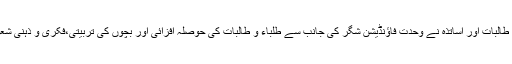
تقریب سے خطاب کرتے ہوئے سکول کی طالبات اور اساتذہ نے وحدت فاؤنڈیشن شگر کی جانب سے طلباء و طالبات کی حوصلہ افزائی اور بچوں کی تربیتی،فکری و ذہنی شعور کیلئے پروگرام تشکیل دیتے رہتے ہیں۔